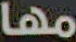
مها